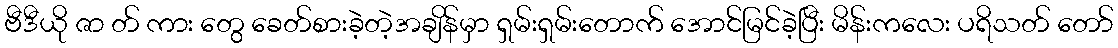
ဗီဒီယို ဇာ တ် ကား တွေ ခေတ်စားခဲ့တဲ့အချိန်မှာ ရှမ်းရှမ်းတောက် အောင်မြင်ခဲ့ပြီး မိန်းကလေး ပရိသတ် တော်